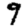
Digit: 9